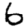
Digit: 6